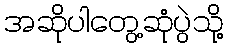
အဆိုပါတွေ့ဆုံပွဲသို့